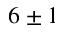
6 \pm 1